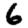
Digit: 6